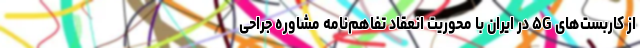
از کاربست‌های ۵G در ایران با محوریت انعقاد تفاهم‌نامه مشاوره جراحی